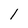
Character: 1